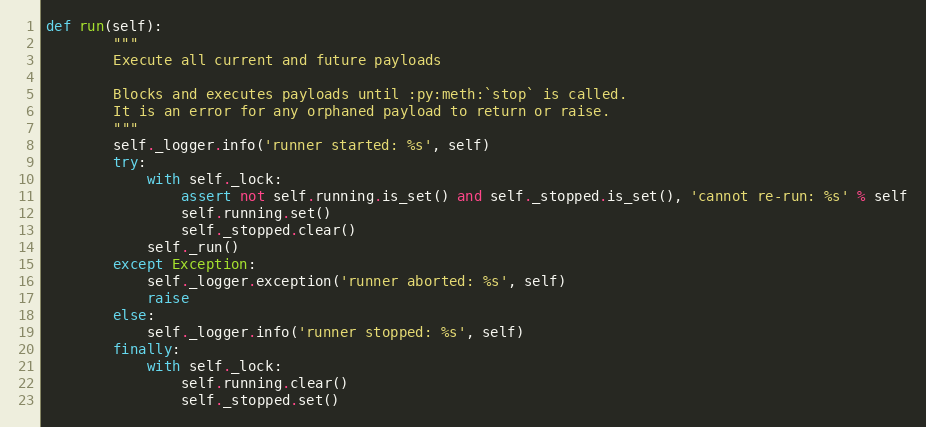
Language: Python
def run(self):
        """
        Execute all current and future payloads

        Blocks and executes payloads until :py:meth:`stop` is called.
        It is an error for any orphaned payload to return or raise.
        """
        self._logger.info('runner started: %s', self)
        try:
            with self._lock:
                assert not self.running.is_set() and self._stopped.is_set(), 'cannot re-run: %s' % self
                self.running.set()
                self._stopped.clear()
            self._run()
        except Exception:
            self._logger.exception('runner aborted: %s', self)
            raise
        else:
            self._logger.info('runner stopped: %s', self)
        finally:
            with self._lock:
                self.running.clear()
                self._stopped.set()